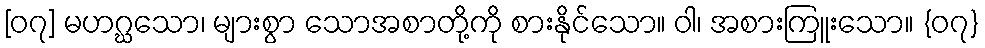
[၀၇] မဟဂ္ဃသော၊ များစွာ သောအစာတို့ကို စားနိုင်သော။ ဝါ၊ အစားကြူးသော။ {၀၇}